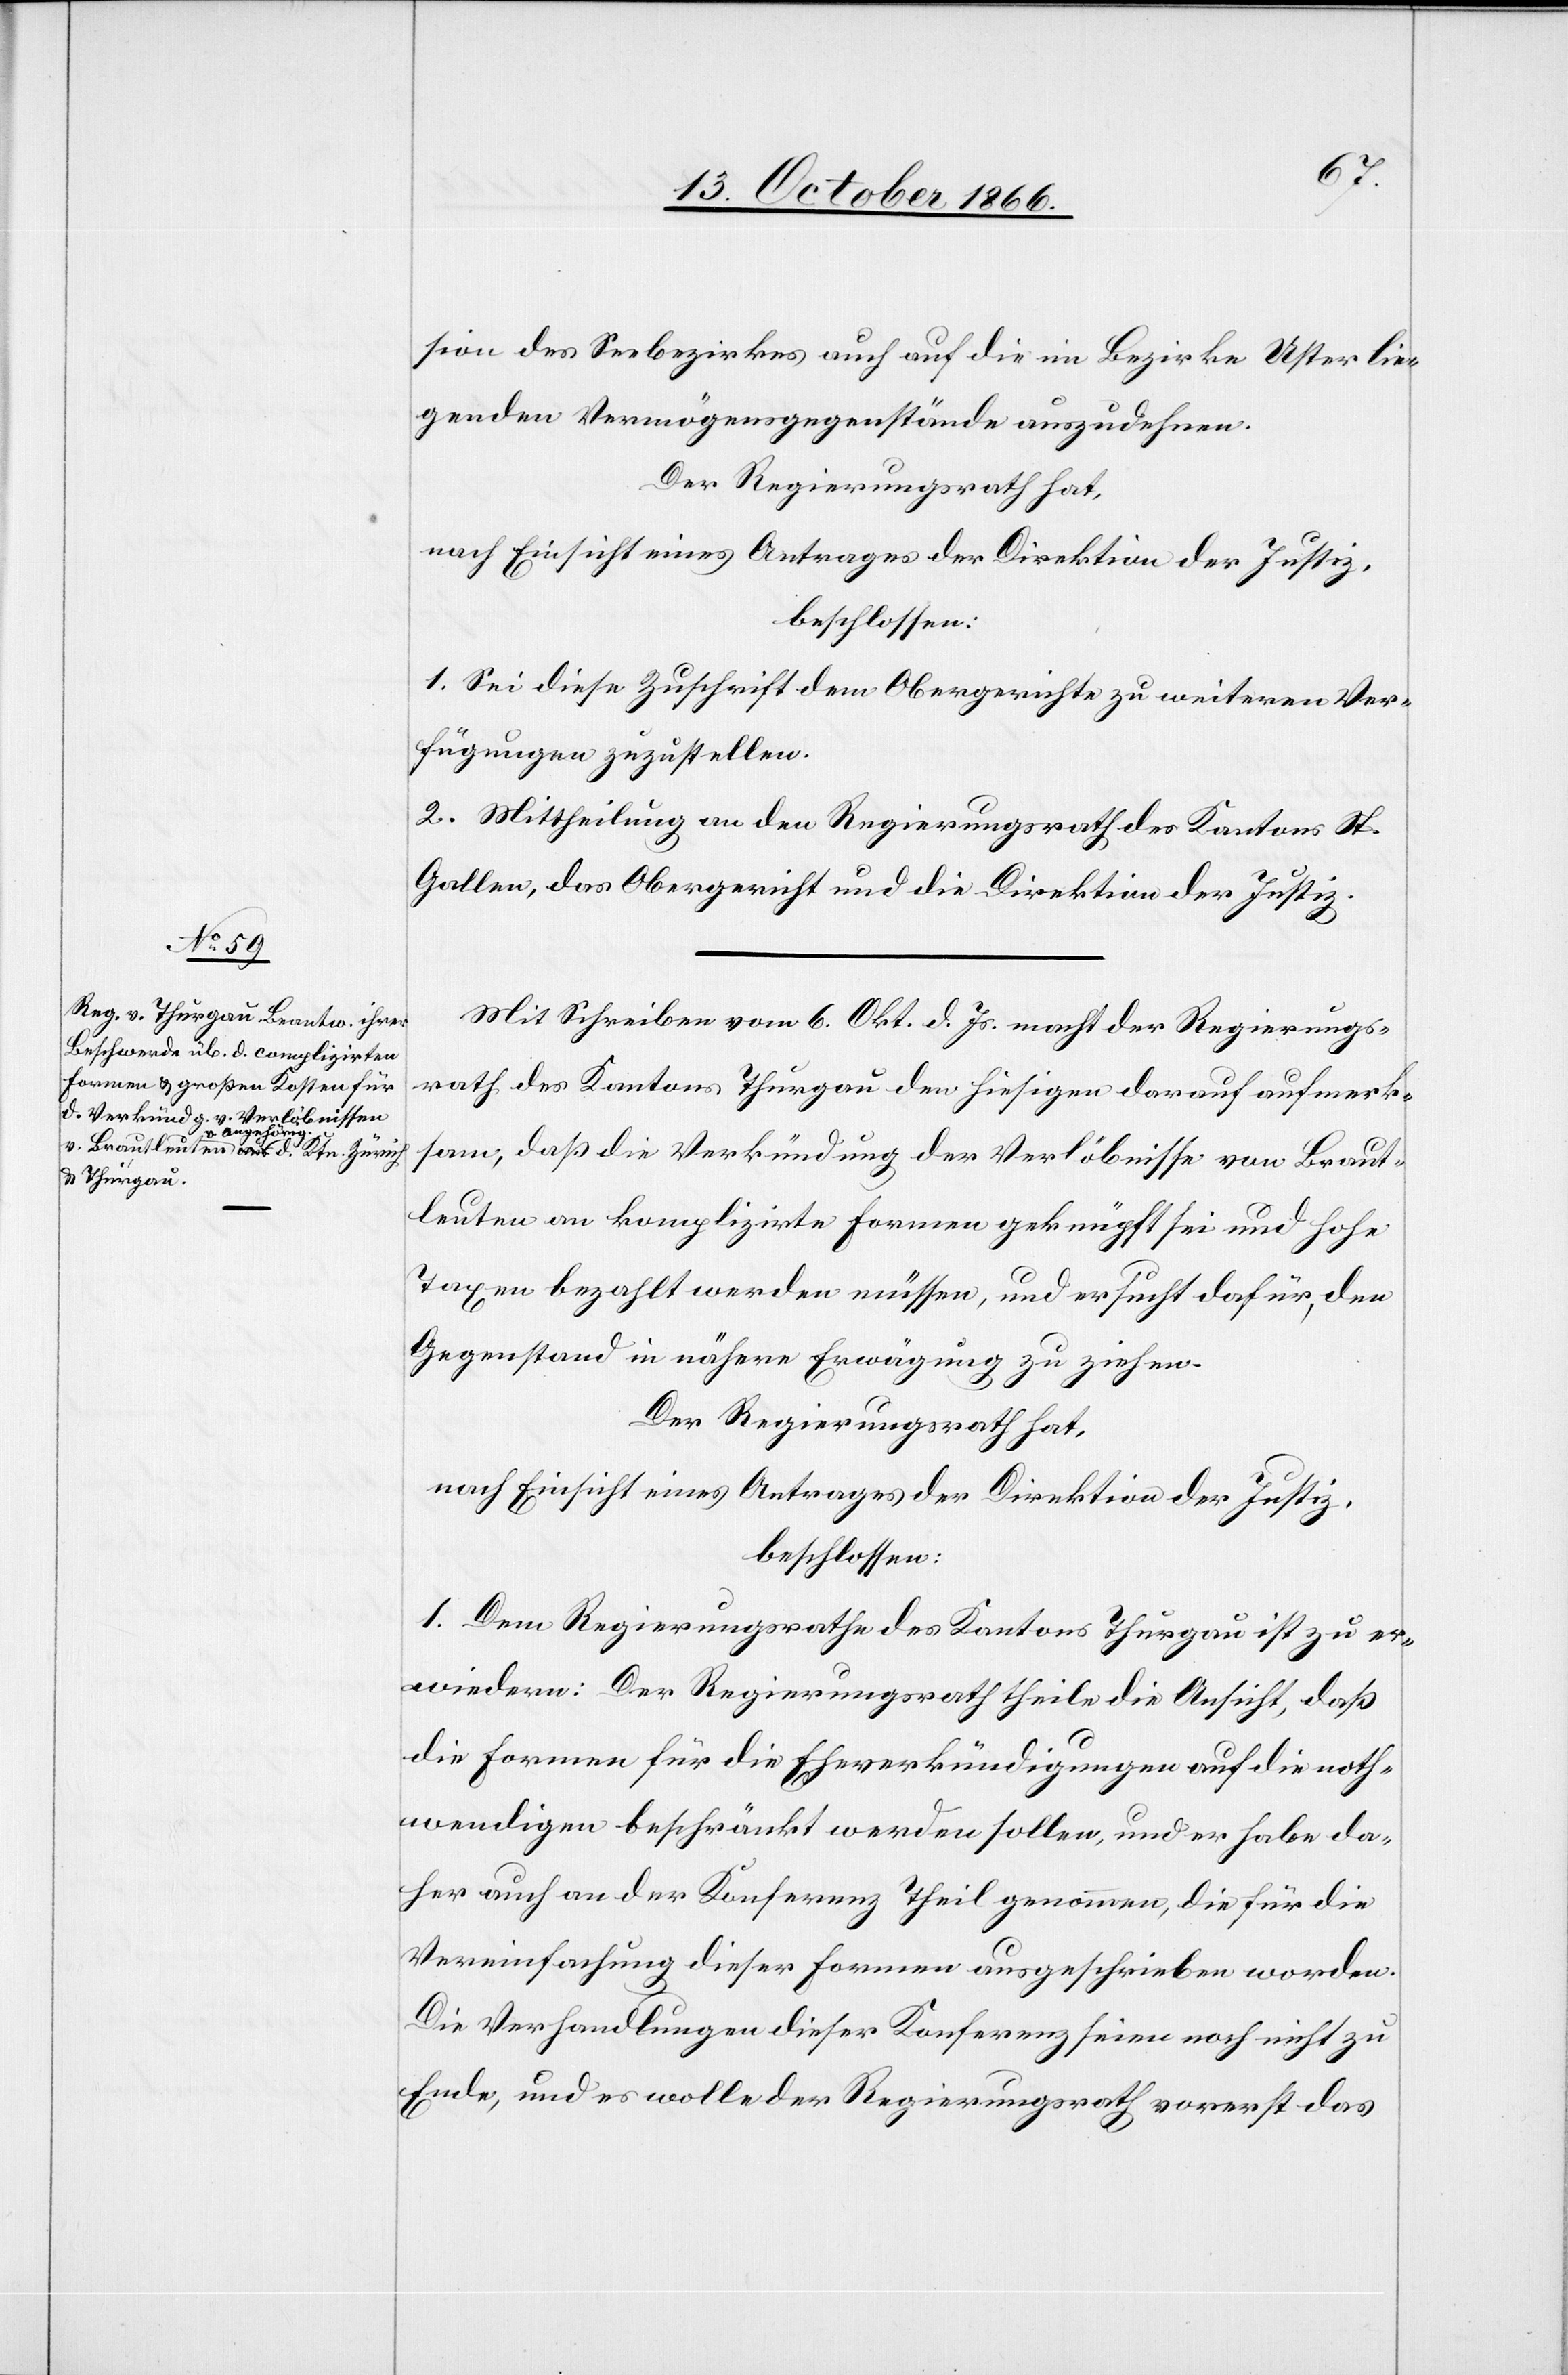
sion des Seebezirkes auch auf die im Bezirke Uster lie¬
genden Vermögensgegenstände auszudehnen.
Der Regierungsrath hat,
nach Einsicht eines Antrages der Direktion der Justiz,
beschlossen:
1. Sei diese Zuschrift dem Obergerichte zu weiteren Ver¬
fügungen zuzustellen.
2. Mittheilung an den Regierungsrath des Kantons St.
Gallen, das Obergericht und die Direktion der Justiz.
Mit Schreiben vom 6. Okt d. Js. macht der Regierungs¬
rath des Kantons Thurgau den hiesigen darauf aufmerk¬
sam, daß die Verkündung der Verlöbnisse von Braut¬
leuten an komplizirte Formen geknüpft sei und hohe
Taxen bezahlt werden müssen, und ersucht dafür, den
Gegenstand in nähere Erwägung zu ziehen.
Der Regierungsrath hat,
nach Einsicht eines Antrages der Direktion der Justiz,
beschlossen:
1. Dem Regierungsrathe des Kantons Thurgau ist zu er¬
wiedern: Der Regierungsrath theile die Ansicht, daß
die Formen für die Eheverkündigungen auf die noth¬
wendigen beschränkt werden sollen, und er habe da¬
her auch an der Konferenz Theil genommen, die für die
Vereinfachung dieser Formen ausgeschrieben worden.
Die Verhandlungen dieser Konferenz seien noch nicht zu
Ende, und es wolle der Regierungsrath vorerst das